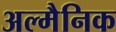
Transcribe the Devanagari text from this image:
अल्मैनिक